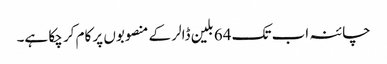
چائنہ اب تک 64 بلین ڈالر کے منصوبوں پر کام کر چکا ہے۔